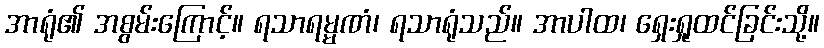
အာရုံ၏ အစွမ်းကြောင့်။ ရသာရမ္မဏံ၊ ရသာရုံသည်။ အာပါထ၊ ရှေးရှုထင်ခြင်းသို့။